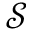
\mathcal { S }